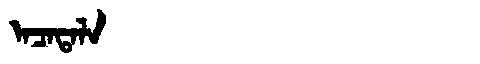
Manchu: ᠠᠴᠠᡨᠠᠯᠠ
Romanization: ACATALA